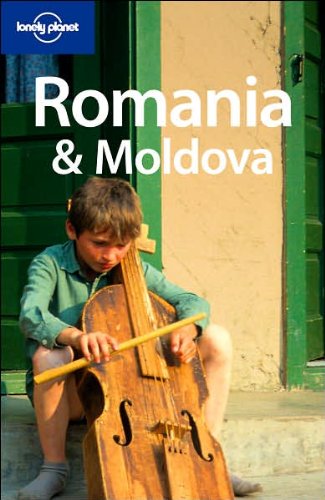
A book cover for Romania & Moldova (Lonely Planet Travel Guides); Robert Reid; Travel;